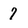
Character: 7